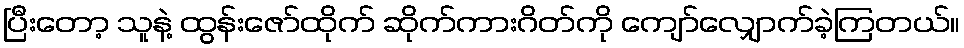
ပြီးတော့ သူနဲ့ ထွန်းဇော်ထိုက် ဆိုက်ကားဂိတ်ကို ကျော်လျှောက်ခဲ့ကြတယ်။